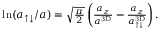
\begin{array} { r } { \ln ( a _ { \uparrow \downarrow } / a ) = \sqrt { \frac { \pi } 2 } \left( \frac { a _ { z } } { a ^ { \mathrm { 3 D } } } - \frac { a _ { z } } { a _ { \uparrow \downarrow } ^ { \mathrm { 3 D } } } \right) . } \end{array}